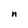
Character: n